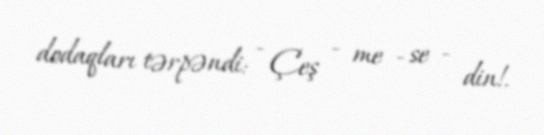
dodaqları tərpəndi: - Çeş - me - se - din!.